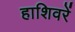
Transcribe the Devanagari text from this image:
हाशिवरें